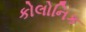
કોલોનિક